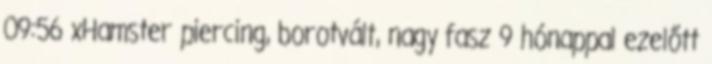
09:56 xHamster piercing, borotvált, nagy fasz 9 hónappal ezelőtt